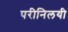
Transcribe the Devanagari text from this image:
परीनिलयी